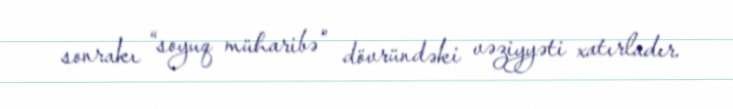
sonrakı “soyuq müharibə” dövründəki vəziyyəti xatırladır.